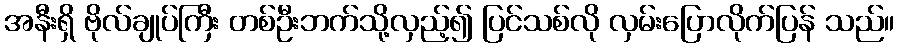
အနီးရှိ ဗိုလ်ချုပ်ကြီး တစ်ဦးဘက်သို့လှည့်၍ ပြင်သစ်လို လှမ်းပြောလိုက်ပြန် သည်။